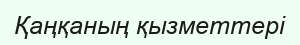
Қаңқаның қызметтері